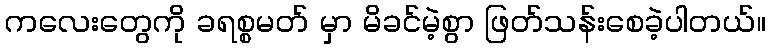
ကလေးတွေကို ခရစ္စမတ် မှာ မိခင်မဲ့စွာ ဖြတ်သန်းစေခဲ့ပါတယ်။